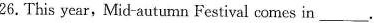
26.This year,Mid-autumn Festival comes in ___.